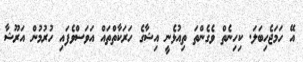
އޭ ހަމަޖެހިބަލަ. ކިހިނެތް ވެގެންތަ ތިއުޅެނީ އިޝާގެ ހަރަކާތްތައް އަވަސްވެފައި ހުރުމުން އަރޫޝާ